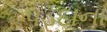
પડદાના